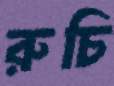
রুচি